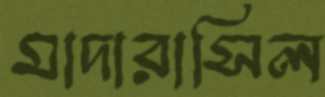
মাদারাসিল